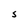
Character: S